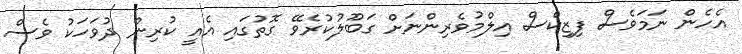
އެހެން ނަމަވެސް ފިޒިކްސް އިލްމުވެރިންނަށް ގަބޫލުކުރެވޭ ގޮތުގައި އެއީ ކުރިން ދުވަހަކު ވެސް